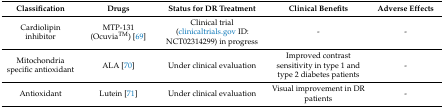
<table><thead><tr><td><b>Classification</b></td><td><b>Drugs</b></td><td><b>Status for DR Treatment</b></td><td><b>Clinical Benefits</b></td><td><b>Adverse Effects</b></td></tr></thead><tbody><tr><td>Cardiolipin inhibitor</td><td>MTP-131 (Ocuvia<sup>TM</sup>) [69]</td><td>Clinical trial (clinicaltrials.gov ID: NCT02314299) in progress </td><td>-</td><td>-</td></tr><tr><td>Mitochondria specific antioxidant</td><td>ALA [70]</td><td>Under clinical evaluation</td><td>Improved contrast sensitivity in type 1 and type 2 diabetes patients </td><td>-</td></tr><tr><td>Antioxidant</td><td>Lutein [71]</td><td>Under clinical evaluation</td><td>Visual improvement in DR patients </td><td>-</td></tr></tbody></table>